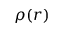
\rho ( r )